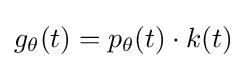
g_{\theta }(t)=p_{\theta }(t)\cdot k(t)